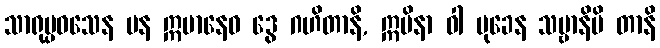
သာရုပ္ပဝသေန ပန ဣမာနေဝ ဒွေ ဂဟိတာနိ, ဣမိနာ ဝါ မုခေန သဗ္ဗာနိပိ တာနိ